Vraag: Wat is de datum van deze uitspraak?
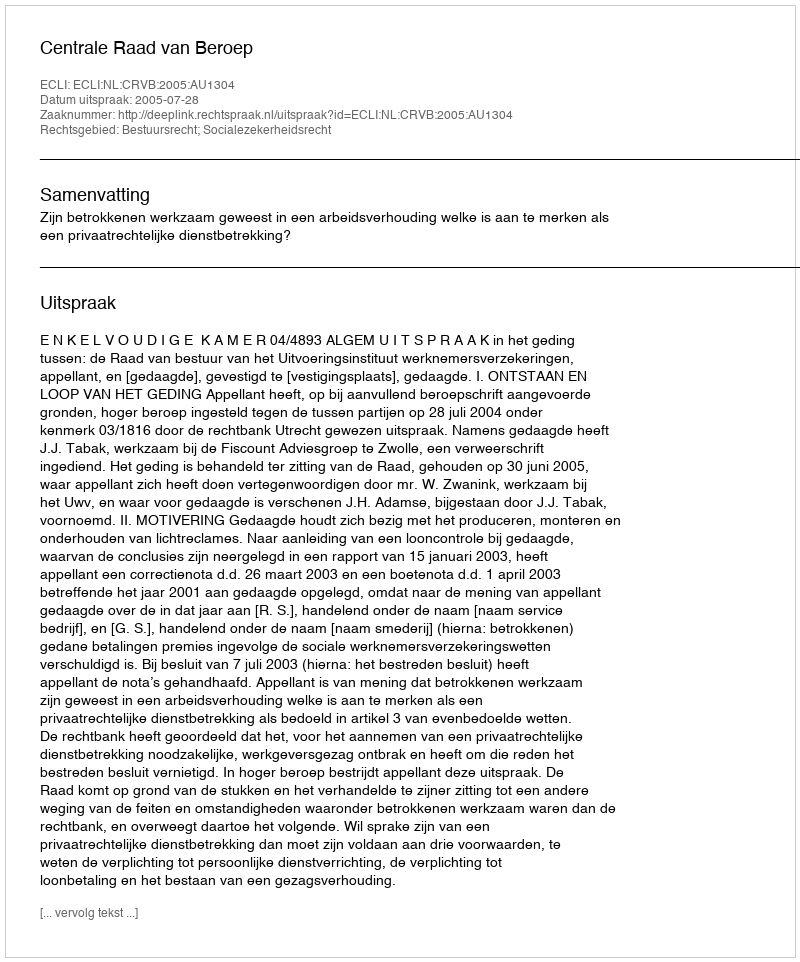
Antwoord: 2005-07-28